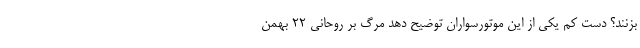
بزنند؟ دست کم یکی از این موتورسواران توضیح دهد مرگ بر روحانی 22 بهمن